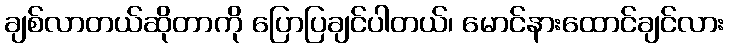
ချစ်လာတယ်ဆိုတာကို ပြောပြချင်ပါတယ်၊ မောင်နားထောင်ချင်လား